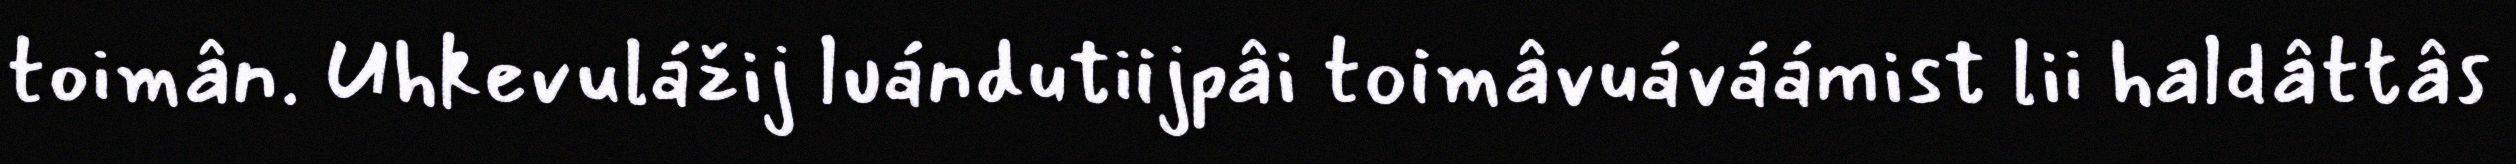
toimân. Uhkevulážij luándutiijpâi toimâvuáváámist lii haldâttâs